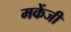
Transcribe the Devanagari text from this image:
मकेंजी